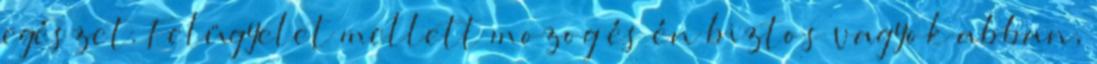
egészet. Felügyelet mellett mozog és én biztos vagyok abban,